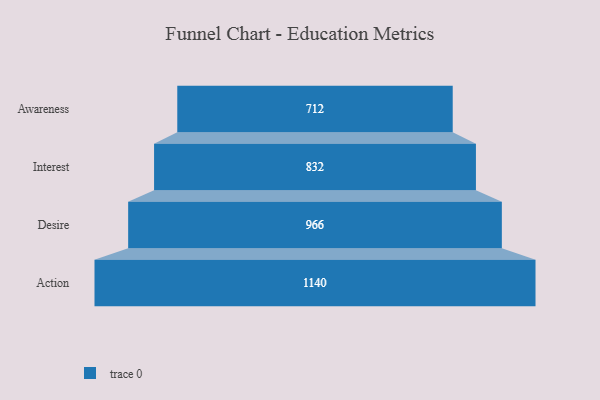
{"axis": {"x": "Stage", "y": "Value"}, "legend": [""], "data": [{"x": "Awareness", "y": 712.0, "type": ""}, {"x": "Interest", "y": 832.0, "type": ""}, {"x": "Desire", "y": 966.0, "type": ""}, {"x": "Action", "y": 1140.0, "type": ""}]}